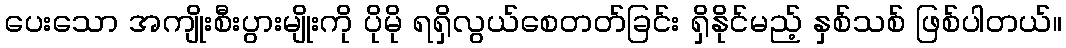
ပေးသော အကျိုးစီးပွားမျိုးကို ပိုမို ရရှိလွယ်စေတတ်ခြင်း ရှိနိုင်မည့် နှစ်သစ် ဖြစ်ပါတယ်။